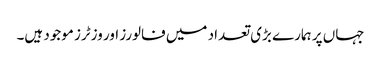
جہاں پر ہمارے بڑی تعداد میں فالورز اور وزٹرز موجود ہیں۔